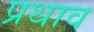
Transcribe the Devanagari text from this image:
प्रथाव